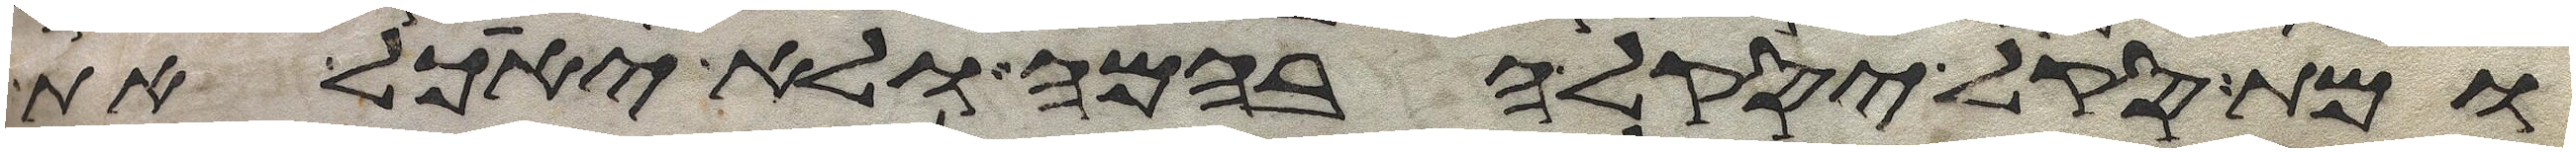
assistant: ומת סקל יסקל הבהמה ולא יאכל את